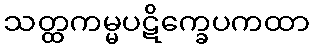
သတ္ထကမ္မပဋိက္ခေပကထာ